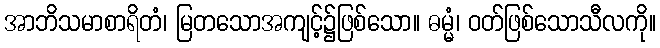
အာဘိသမာစာရိတံ၊ မြတသောအကျင့်၌ဖြစ်သော။ ဓမ္မံ၊ ဝတ်ဖြစ်သောသီလကို။